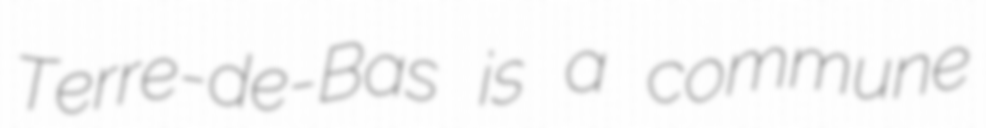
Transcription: Terre-de-Bas is a commune